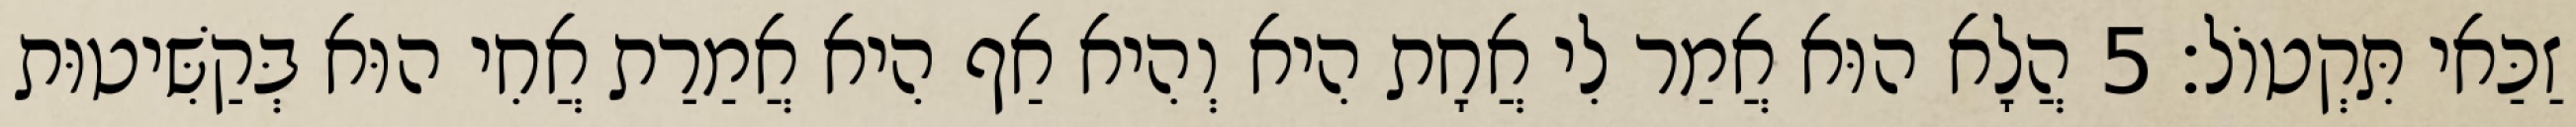
זַכַּאי תִּקְטוֹל׃ 5 הֲלָא הוּא אֲמַר לִי אֲחָת הִיא וְהִיא אַף הִיא אֲמַרַת אֲחִי הוּא בְּקַשִּׁיטוּת